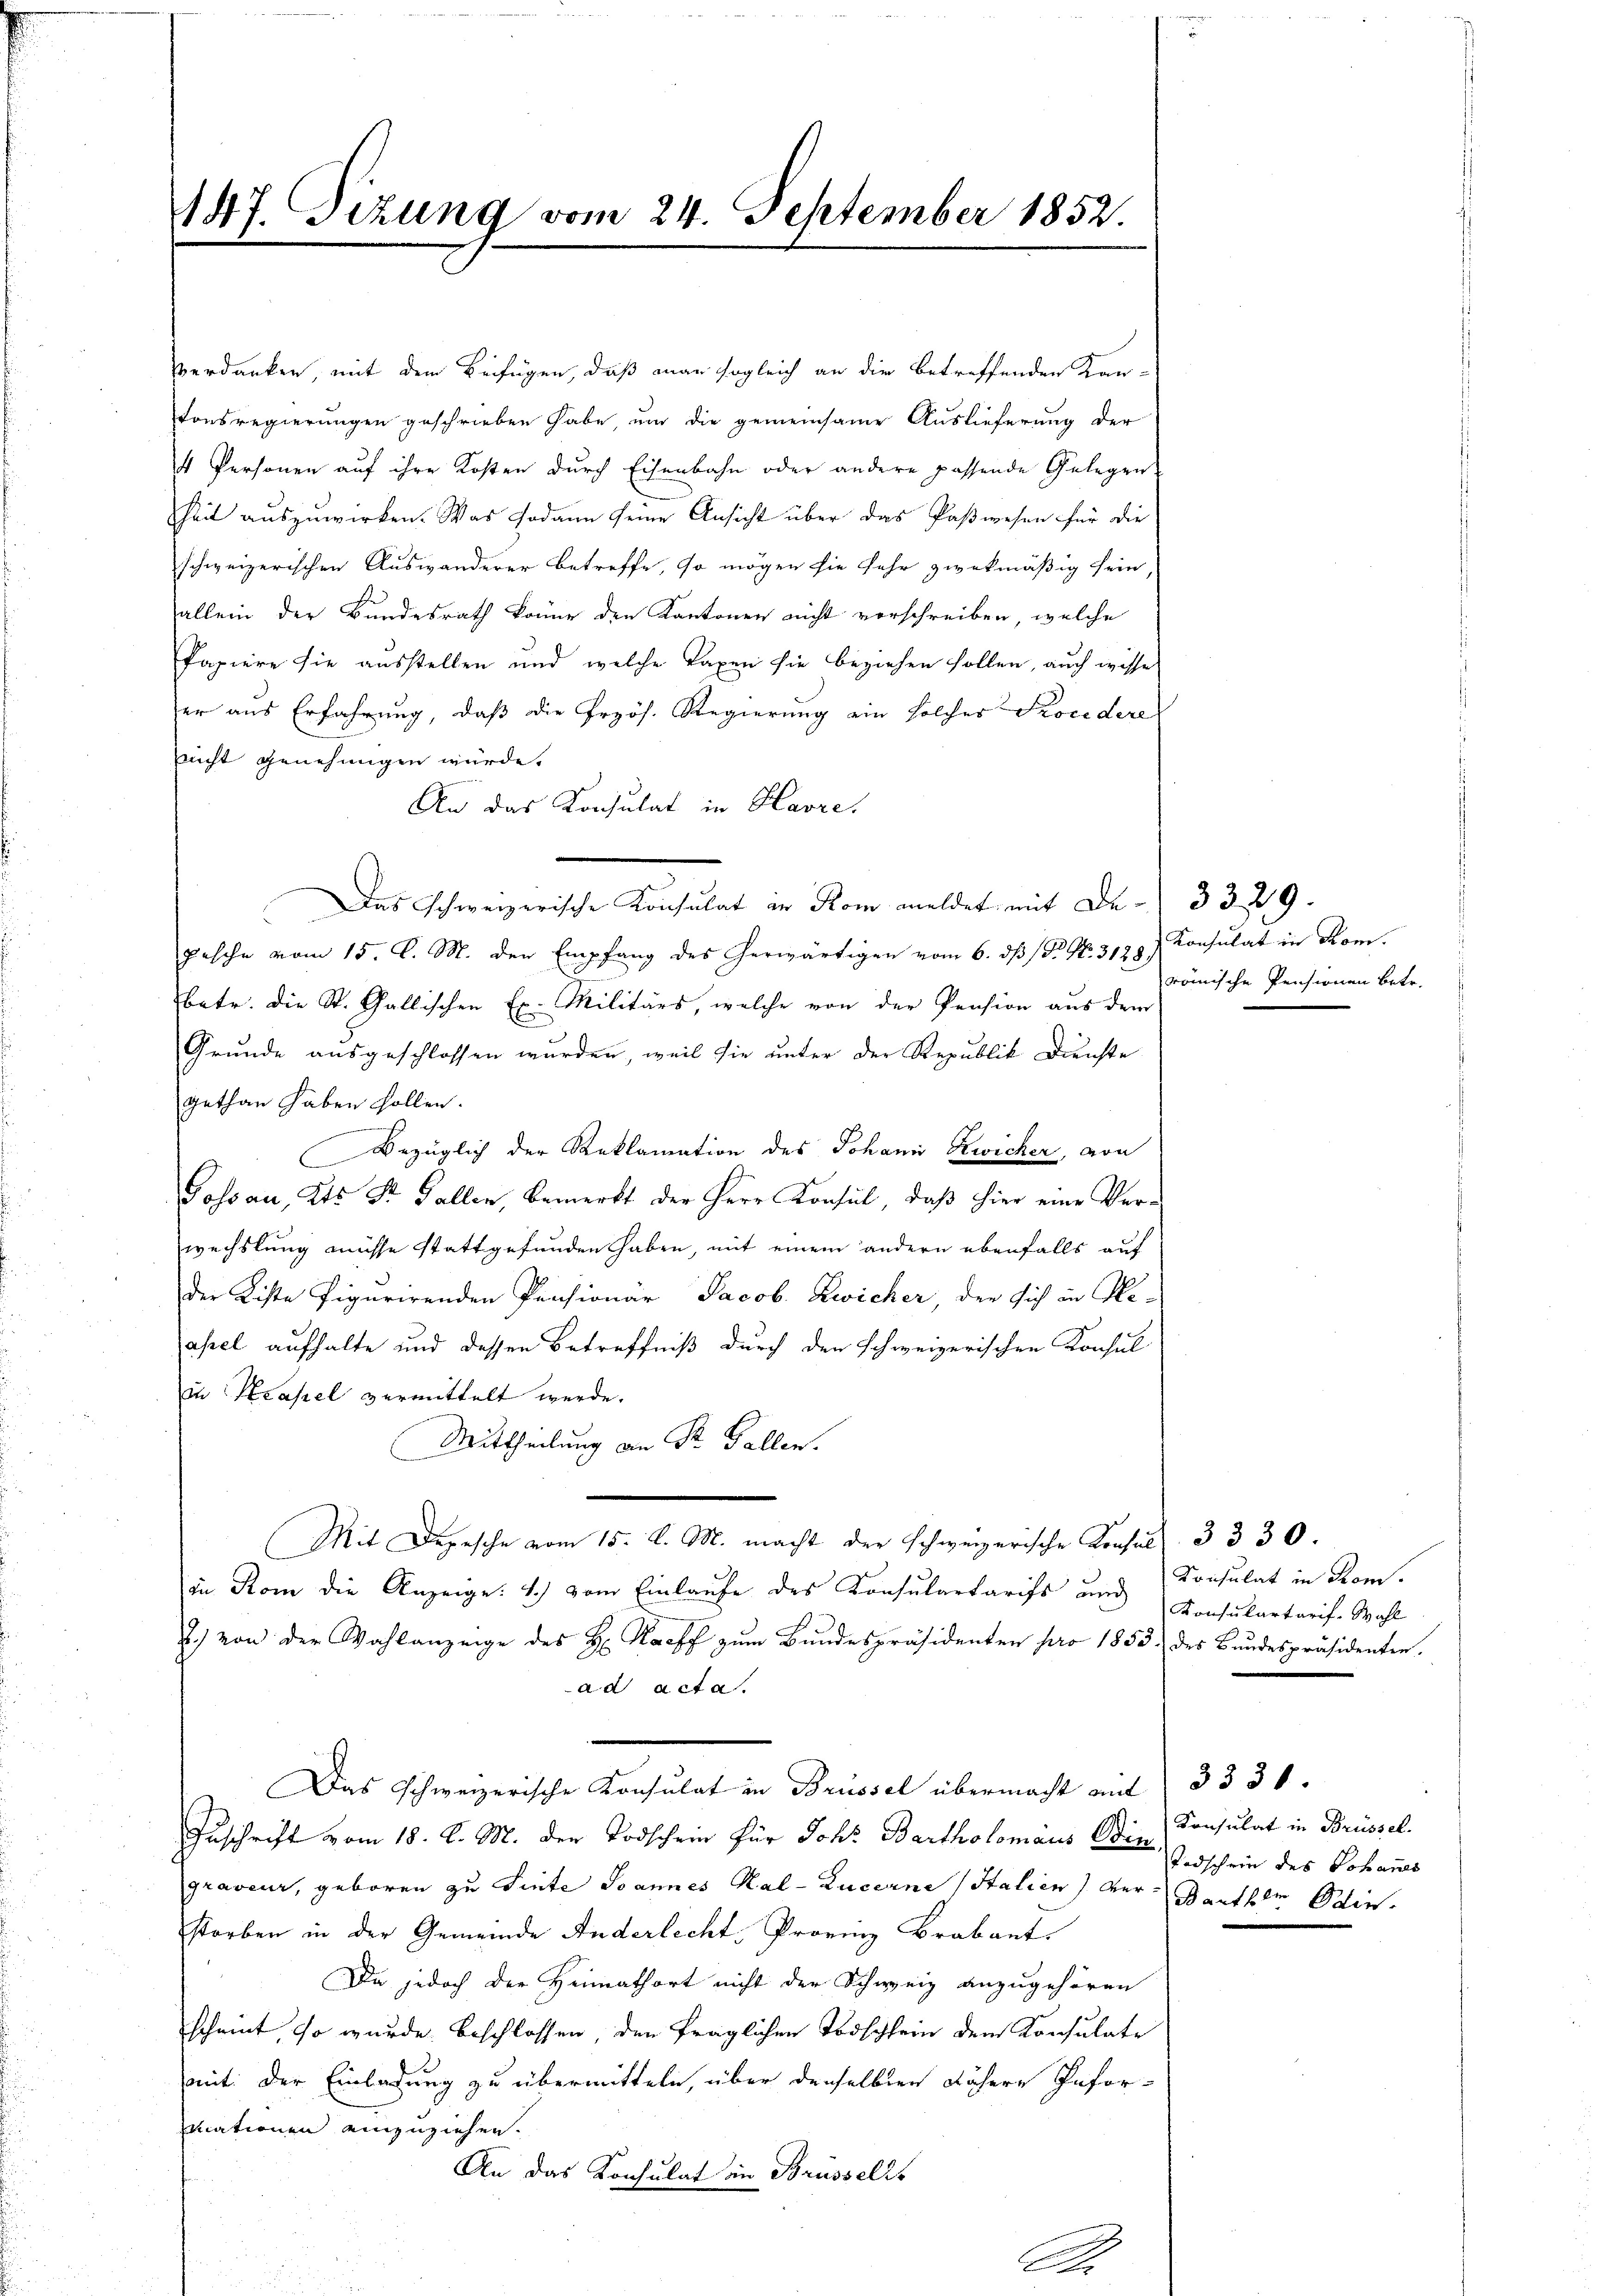
147. Sitzung vom 24. September 1852.

Verdanken, mit dem Beifügen, daß man sogleich an die betreffenden Kan-
tonsregierungen geschrieben habe um die gemeinsame Auslieferung der
4 Personen auf ihre Kosten durch Eisenbahn oder andere passende Gelegen
heit auszuwirken. Was sodann seine Ansicht über das Paßwesen für die
schweizerischen Auswanderer betreffe, so mögen sie sehr zwekmäßig sein,
allein der Bundesrath könne den Kantonen nicht vorschreiben, welche
Papiere sie ausstellen und welche Taxen sie beziehen sollen, auch wisse
er aus Erfahrung, daß die Przös. Regierung ein solcher Procedere
nnicht genehmigen würde.
An das Konsulat in Havre,
Das Schweizerische Konsulat in Rom meldet mit De- 3329.
pasche vom 15. C. M. der Empfang des herwärtigen vom 6. dβ P. Nr. 3128) Konsulat in Rom.
betr. die St. Gallischen Ex. Militärs, welche von der Pension aus dem
Grunde ausgeschlossen wurden, weil sie unter der Republik Dienste
gethan haben sollen.
Bezüglich der Reklamation des Johann Zwicher, von
Gossau, Kts. St. Gallen, bemerkt der Herr Konsul, daß hier eine Verwechslung müsse stattgefunden haben, mit einem andern ebenfalls auf
der Kiste figurirenden Pensionär Jacob. Zwicher, der sich in He-
asel aufhalte und dessen Betreffniß durch den schweizerischen Konsul
in Kapel vermittelt werde.
Mittheilung an Sr. Gallen.
Mit Depesche vom 15. d. M. macht der schweizerische Konsul 3 330.
in Rom die Anzeige: 1.) vom Einlaufe des Konsulartarifs, und
J.) von der Wahlanzeige des H. Harff zum Bundespräsidenten pro 1853 des Bundespräsidenten.
ad acta.
Das schweizerische Konsulat in Brüssel übermacht mit 333 1
Zuschrift vom 18. d. M. der Todschein für Joh: Bartholomaus Bin,
graveur, geboren zu Sinte Joannes Kal-Lucerne Italien) ver- Barther Ein-
storben in der Gemeinde Anderlecht, Provinz Brabant
Da jedoch der Heimathort nicht der Schweiz anzugehören
scheint, so wurde beschlossen, den fraglichen Todschlein dem Konsulate
mit: der Einladung zu übermitteln, über denselben nähere Infor-
mationen einzuziehen.
An das Konsulat an Brüsselst

römische Pensionen betr.

Konsulat in Rom.
Konsulartarif Wahl

Konsulat in Brüssel.
Todschein des Johannes